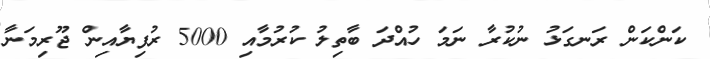
ކަންކަން ރަނގަޅު ނުކުރާ ނަމަ ހުއްދަ ބާތިލު ކުރުމާއި 5000 ރުފިޔާއިން ޖޫރިމަނާ